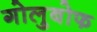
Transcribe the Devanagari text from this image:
गोलुबोफ